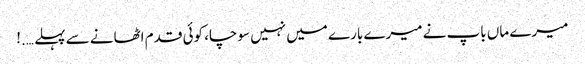
میرے ماں باپ نے میرے بارے میں نہیں سوچا، کوئی قدم اٹھانے سے پہلے ….!